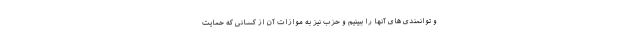
و توانمندی های آنها را ببینیم و حزب نیز به موازات آن از کسانی که حمایت